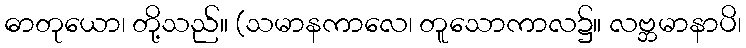
ဓာတုယော၊ တို့သည်။ (သမာနကာလေ၊ တူသောကာလ၌။ လဗ္ဘမာနာပိ၊